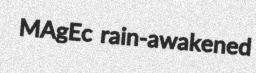
MAgEc rain-awakened